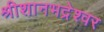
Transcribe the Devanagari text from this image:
श्रीशानभद्रेश्वर